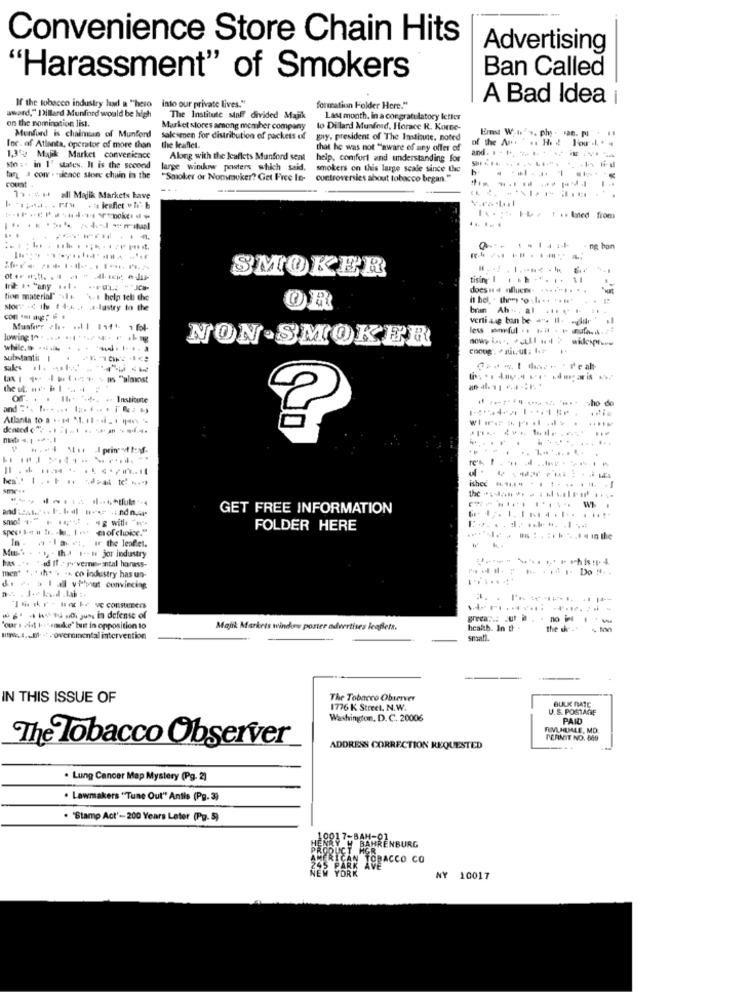
Convenience Store Chain Hits
Advertising
Ban Called
"Harassment" of Smokers
into our private lives."
A Bad Idea i
award," Dillard Munford would be high
If the tobacco industry had a "hero into our private lives."
formation Folder Here."
on the nomination list.
The Institute sinff divided Majik
Last month, in a congratulatory letter
Munford is chaimian of Munford
Market stores among member company
to Dillard Munford, Horace R. Korne-
Salesenen for distribution of packets of
guy, president of The Institute, noted
Inc. of Atlanta, operator of more than
the leaflet.
that he was not "aware of any offer of
1,35% Majik Market convenience
Along with the leaflets Munford sent
help, comfort and understanding for
sto :. in 1' states. It is the second
large window posters which said,
smokers on this large scale since the
tar a cow . silence store chain in the
count
"Smoker or Nommuker? Get Free Ie-
controversies about tobacco began."
1 . * it all Majik Markets have
.. ...
...... ... . luted from
ng bon
SMOKER
tising' | .. . ". .. 11
does: 4 ucm. ....... ..
tion material" "il s '\. I help tell the
slors - ils 1 ++ + a lastry to the
OR
bran Ah+. al .** ** *-
verli aug ton be =". Il- dir
NON SMOKER
substanti 1
Of. . . .... . Institute
and .. ....... ... . .. . i .) +)
Atlanta to a .- 14 5. 11-1-1 1 -
isheć # ..... .. ....-
the ...... ...........
GET FREE INFORMATION
spett-e . h. k. I .v erof choice."
FOLDER HERE
a. . - la-vi, If the leaflet.
W
has ... .- id If - y verniesantal hanass-
++ - Ih) -- w jor industry
men" ", " ih. . ... co industry has un-
2. ) | viput convincing
- --- in defense of
"our I did tessnuke' but in opposition to
Majik Markets windows porter advertises leaflets.
health. In th .
the show
www. I .- 01- - - overninental intervention
small.
IN THIS ISSUE OF
The Tobacco Observer
BULK RATE
1776 K Street, N.W.
U.S. POSTAGE
Washington, D.C. 20006
PAID
PERMIT NO. 669
The Tobacco Observer
ADDRESS CORRECTION REQUESTED
. Lung Cancer Map Mystery (Pg. 2)
. Lawmakers "Tune Out" Antis (Pg. 3)
. "Stamp Act'- 200 Years Leter (Pg. 5)
URG
CO
NY 10017